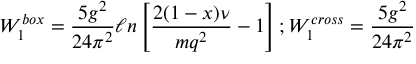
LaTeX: W _ { 1 } ^ { b o x } = \frac { 5 g ^ { 2 } } { 2 4 \pi ^ { 2 } } \ell n \left[ \frac { 2 ( 1 - x ) \nu } { m q ^ { 2 } } - 1 \right] ; W _ { 1 } ^ { c r o s s } = \frac { 5 g ^ { 2 } } { 2 4 \pi ^ { 2 } }